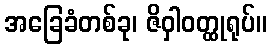
အခြေခံတစ်ခု၊ ဇိဝှါဝတ္ထုရုပ်။